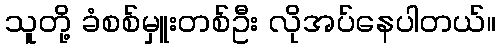
သူတို့ ခံစစ်မှူးတစ်ဦး လိုအပ်နေပါတယ်။